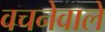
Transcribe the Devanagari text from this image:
वचनेवाले